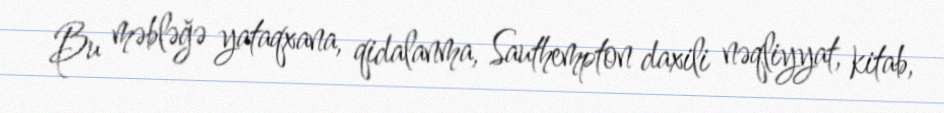
Bu məbləğə yataqxana, qidalanma, Sauthempton daxili nəqliyyat, kitab,